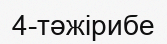
4-тәжірибе